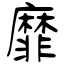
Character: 糜